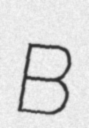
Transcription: B